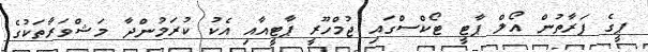
ޕީގެ ފަރާތުން އޯލް ޕާޓީ ޓޯކްސްގައި ޖުމްހޫރީ ޕާޓީއާއި އެކު ކުރަމުންދާ މަޝްވަރާތަކުގެ